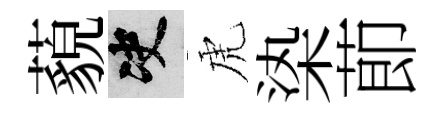
藐决虎𣑱莭